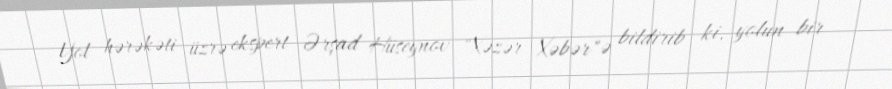
Yol hərəkəti üzrə ekspert Ərşad Hüseynov "Xəzər Xəbər"ə bildirib ki, yolun bir